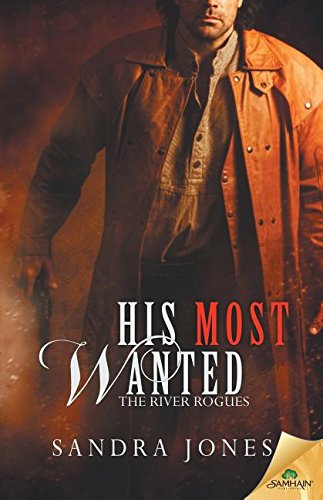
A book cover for His Most Wanted; Sandra Jones; Romance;